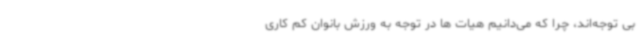
بی توجه‌اند، چرا که می‌دانیم هیات ها در توجه به ورزش بانوان کم کاری